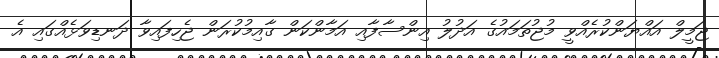
ޖަމީލް އައްޔަންކުރެއްވީ މުޖުތަމައުގެ އަދުލު އިންސާފާއި އަމާންކަން ގާއިމުކުރަން ޖެހިފައިވާ ދަނޑިވަޅެއްގައި އެ